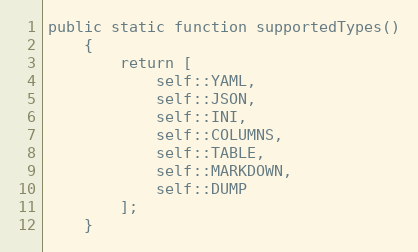
Language: PHP
public static function supportedTypes()
    {
        return [
            self::YAML,
            self::JSON,
            self::INI,
            self::COLUMNS,
            self::TABLE,
            self::MARKDOWN,
            self::DUMP
        ];
    }